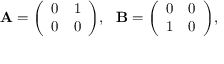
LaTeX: \mathbf { A } = { \left( \begin{array} { l l } { 0 } & { 1 } \\ { 0 } & { 0 } \end{array} \right) } , \ \ \mathbf { B } = { \left( \begin{array} { l l } { 0 } & { 0 } \\ { 1 } & { 0 } \end{array} \right) } ,